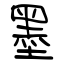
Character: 墨